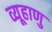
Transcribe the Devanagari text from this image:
व्यूहाणु